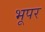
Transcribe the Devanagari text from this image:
भूपर